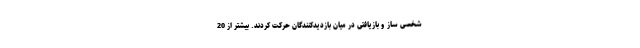
شخصی ساز و بازیافتی در میان بازدیدکنندگان حرکت کردند. بیشتر از 20